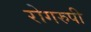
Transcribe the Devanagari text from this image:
रोगरुपी